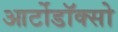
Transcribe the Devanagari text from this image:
आर्टोडॉक्सो